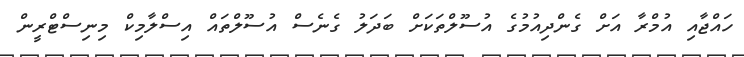
ހައްޖާއި އުމްރާ އަށް ގެންދިއުމުގެ އުސޫލްތަކަށް ބަދަލު ގެނެސް އުސޫލްތައް އިސްލާމިކް މިނިސްޓްރީން